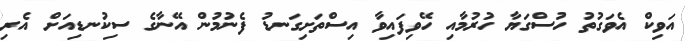
އަވިކް އެވަގުތު ހުސްގަޔާ ހުރުމާއި ހޭވިފައިވާ އިސްތަށިގަނޑު ފެނުމުން އޭނާގެ ސިކުނޑިއަށް އެރި